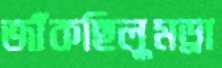
জাঁকছিলুমড্রা